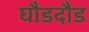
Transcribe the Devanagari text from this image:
घौडदौड